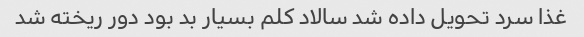
غذا سرد تحویل داده شد سالاد کلم بسیار بد بود دور ریخته شد